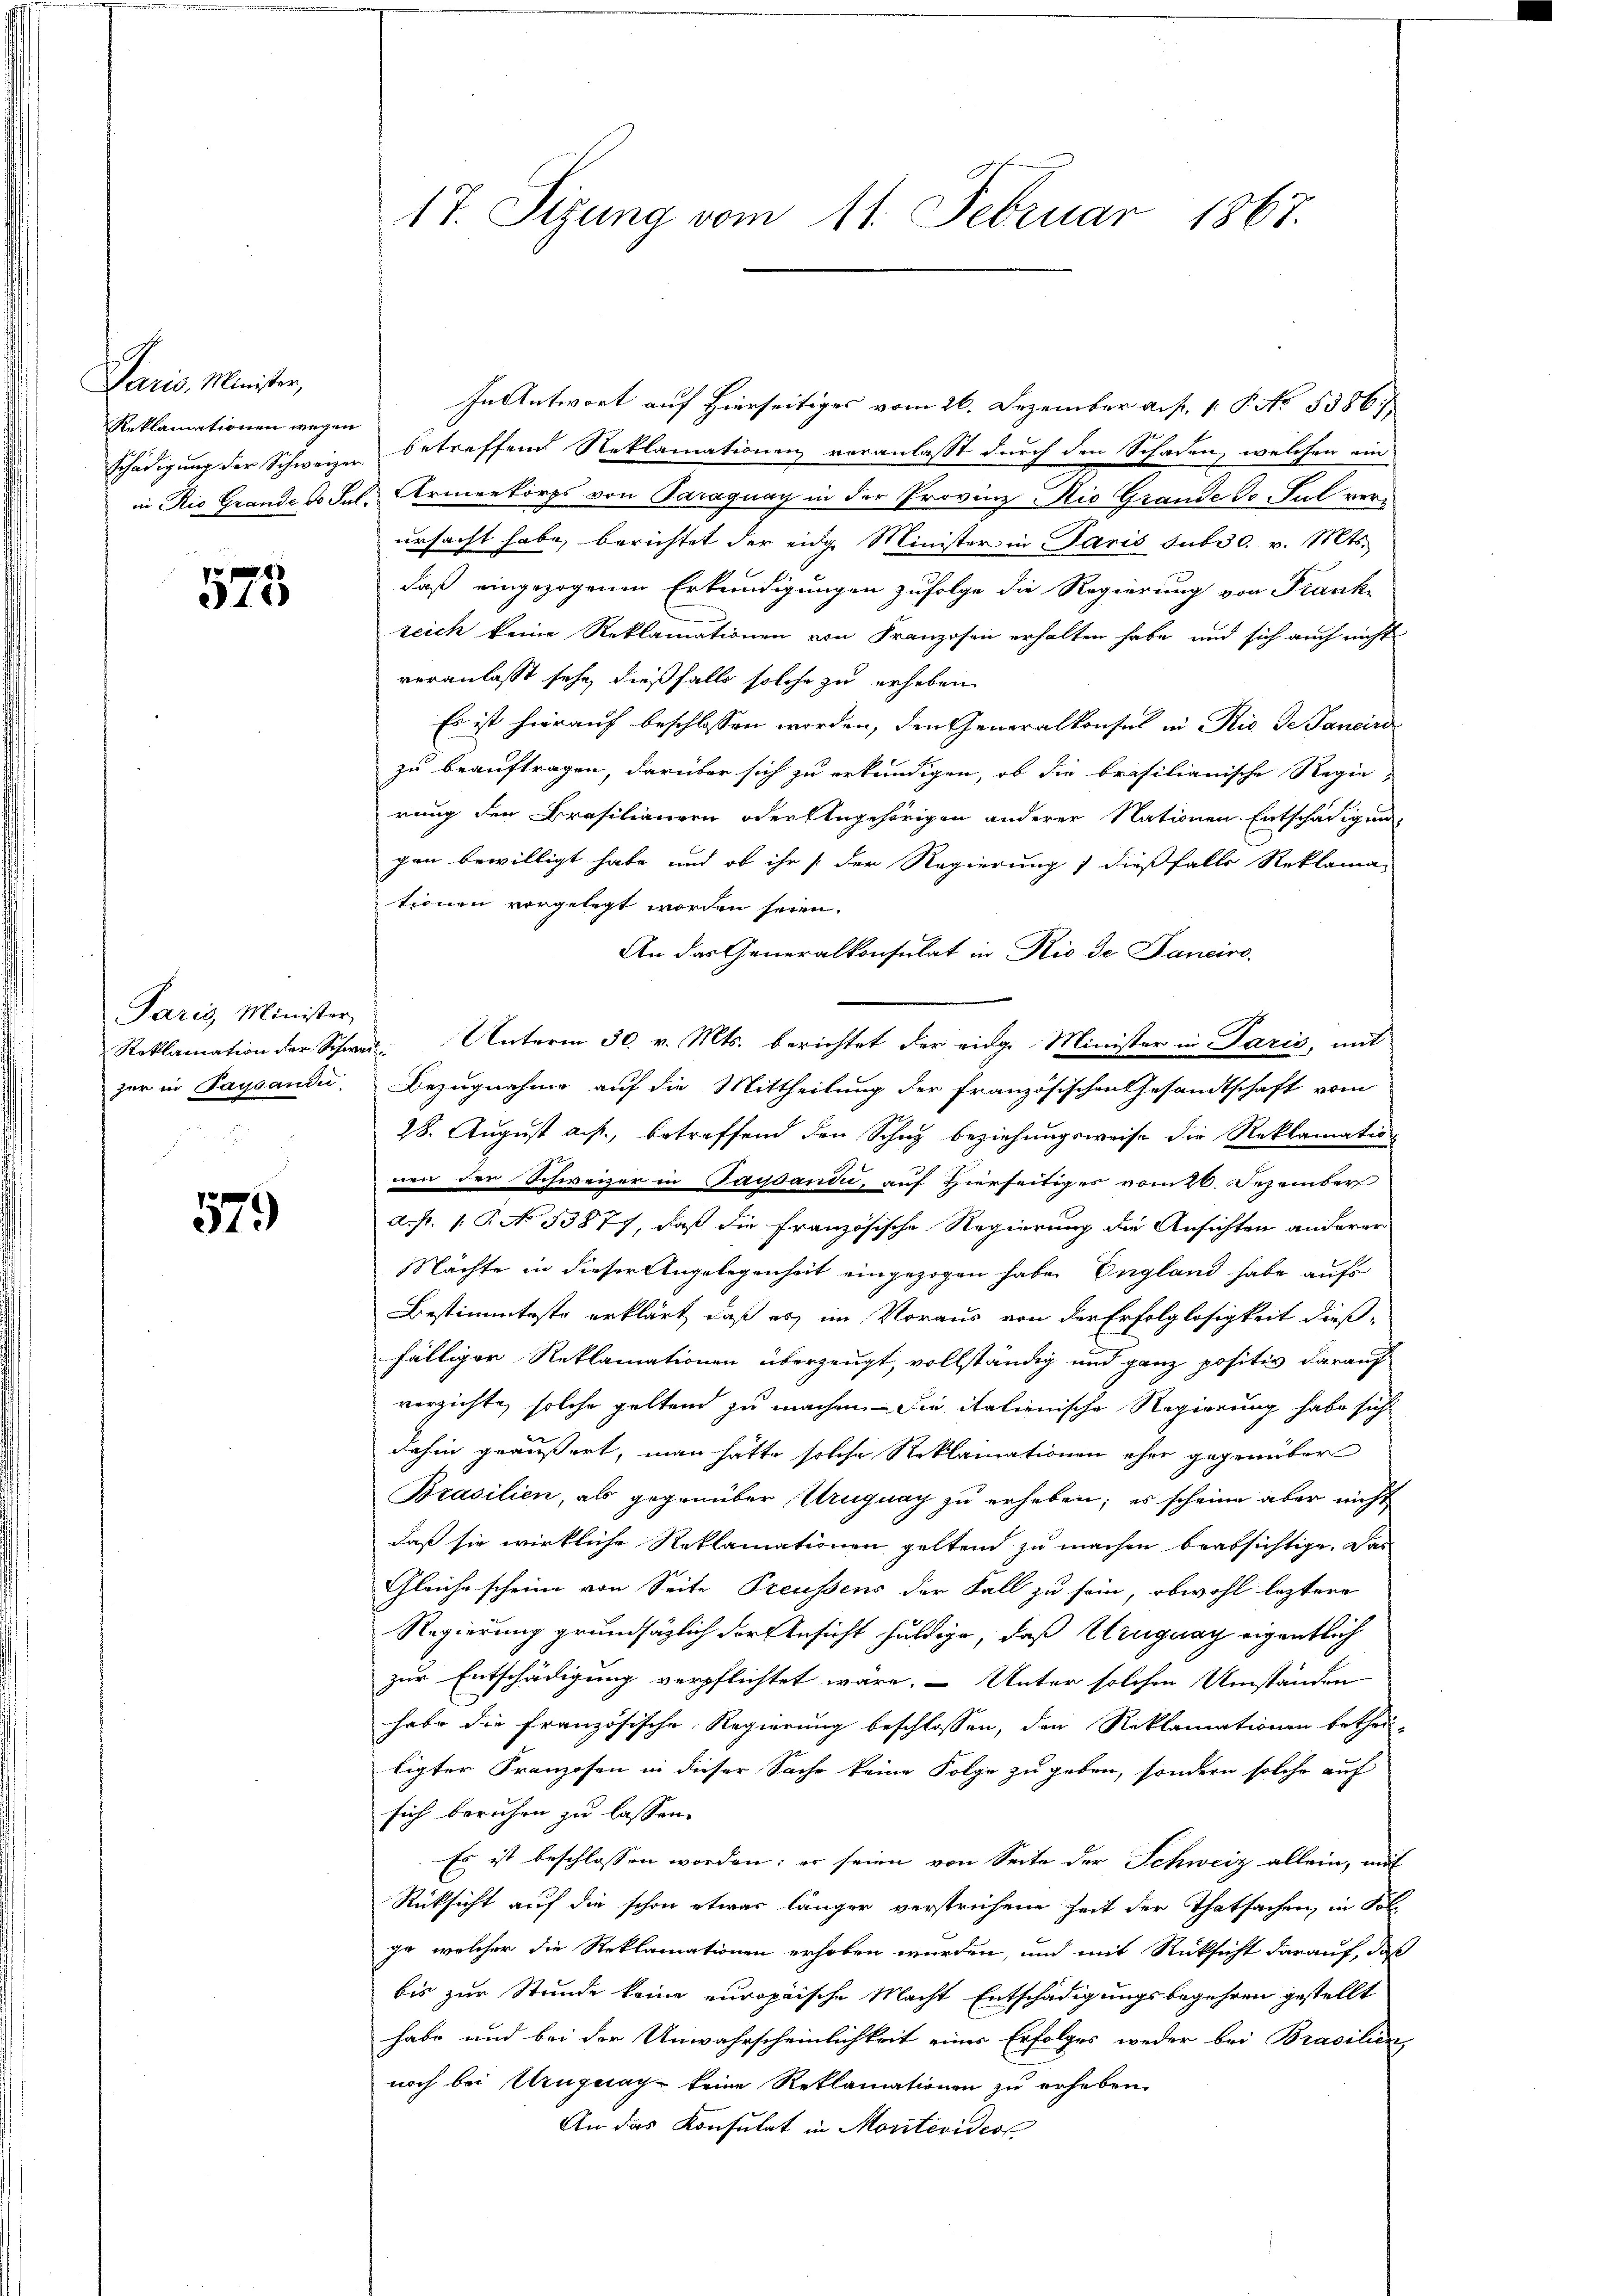
Paris, Minister,
Reklamationen wegen

575

Paris, Minister

579

In Antwort auf hierseitiges vom 26. Dezember auf 1. P. No. 5386/
Schädigung der Schweizen betreffend Reklamationen veranlasst durch den Schaden, welchen ein
in Rio Grande 16 Jul. Armenkorps von Paraguay in der Provinz Kio Grande do sul verursacht habe, berichtet der eidg. Minister in Paris sub 30. v. Mts.
daß eingezogenen Erkundigungen zufolge die Regierung von Frank-
zeich keine Reklamationen von Franzosen erhalten habe, und sich auch nicht
veranlasst sehe, dießfalls solche zu erheben
Es ist hierauf beschlossen worden, den Generalkonsul in Rio de Janeiro
zu beauftragen, darüber sich zu erkundigen, ob die brasilianische Regie-
rung den Brasilianern oder Angehörigen anderer Nationen Entschädigun-
gen bewilligt habe und ob ihr der Regierung) dießfalls Reklama-
tionen vorgelegt worden seien.
An das Generalkonsulat in Rio de Janeiro-
Reklamation der Schweiz. Unterm 30. v. Mts. berichtet der eidg. Minister in Paris, mit
zer in Paysandi, Bezugnahme auf die Mittheilung der französischen Gesandtschaft vom
28. August a.p., betreffend den Schuz beziehungsweise die Reklamation
nen der Schweizer in Paydandii, auf Hierseitiger vom 26. Dezember
a. p. 1. P. No. 53877, daß die französische Regierung die Ansichten anderer
Nächte in dieser Angelegenheit eingezogen habe. England habe aufs
Bestimmteste erklärt, daß es im Voraus von der Erfolglosigkeit dieß-
fälliger Reklamationen überzeugt, vollständig und ganz positiv darauf
verzichte, solche gelten zu machen. Sie italienische Regierung habe sich
dahin geäußert, man hätte solche Reklamationen eher gegenüber
Brasilien, als gegenüber Uruguay zu erheben; es scheine aber nicht
daß sie wirkliche Reklamationen geltend zu machen beabsichtige. Das
Gleiche scheine von Seite Preussens der Fall zu sein, obwohl leztere
Regierung grundsätzlich der Ansicht huldige, daß Uruguay eigentlich
zur Entschädigung verpflichtet wäre. Unter solchen Umständen
habe die französische Regierung beschlossen, den Reklamationen bethei-
ligter Franzosen in dieser Sache keine Folge zu geben, sondern solche auf
sich beruhen zu lassen.
Es ist beschlossen worden; er seien von Seite der Schweiz allein, mit
Rüksicht auf die schon etwas länger verstrichene Zeit der Thatsachen, in Fol-
ge, welcher die Reklamationen erhoben wurden, und mit Rücksicht darauf, daß
bis zur Stunde keine europaische Macht Entschädigungsbegehren gestellt
habe und bei der Unwahrscheinlichkeit eines Erfolges weder bei Brasilien,
noch bei Uruguay keine Reklamationen zu erheben.
An das Konsulat in Moritevidest

17. Sizung vom 11. Februar 1867.